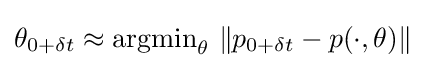
\theta _{0+\delta t}\approx {\mbox{argmin}}_{\theta }\ \|p_{0+\delta t}-p(\cdot ,\theta )\|